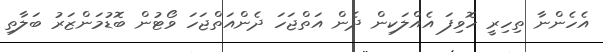
އެހެންނާ ތިހިރީ ހޮވިފަ އެއްލަކިން ދެން އަތްޖަހަ ދެންއަތްޖަހަ ވޯޓުން ބޮޑުމަންޒަރު ބަލާތި